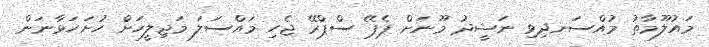
މައުލޫމާތު މުއްސަނދިވި ނަޝީދު މޫނަށް ޕެޕޭ ސްޕްރޭ ޖެހި މައްސަލަ މަޖިލީހަށް ހުށަހަޅާނަން